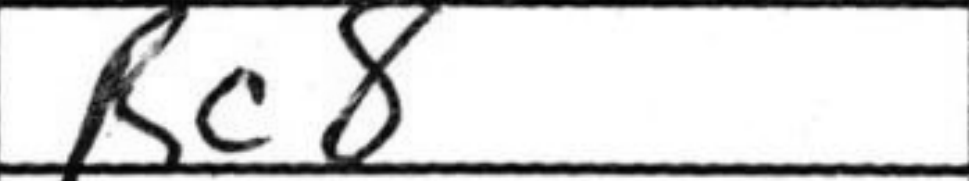
Transcription: Rc8